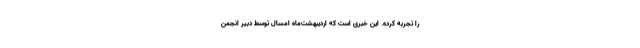
را تجربه کرده. این خبری است که اردیبهشت‌ماه امسال توسط دبیر انجمن